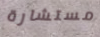
مستشارة